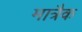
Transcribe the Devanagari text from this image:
मात्रैक